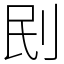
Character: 刡